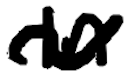
Text: In
Cross-out: mix
Writing tool: digital_black